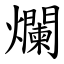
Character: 爛